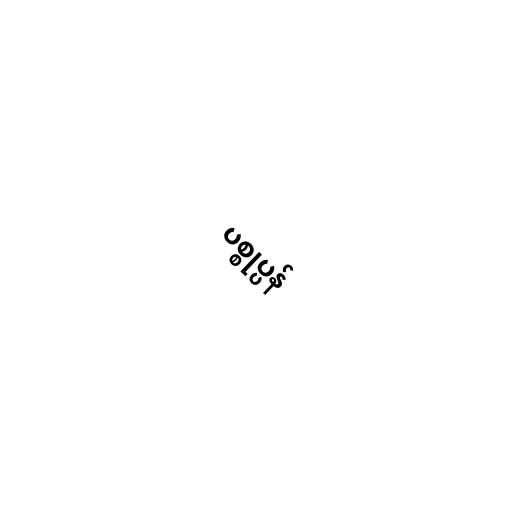
ပစ္စုပ္ပန်